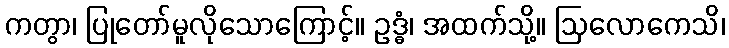
ကတွာ၊ ပြုတော်မူလိုသောကြောင့်။ ဥဒ္ဓံ၊ အထက်သို့။ ဩလောကေသိ၊